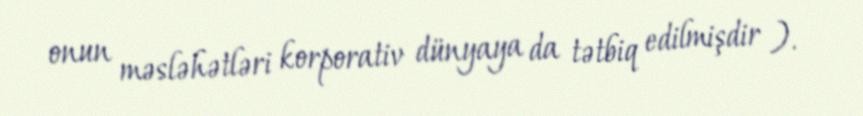
onun məsləhətləri korporativ dünyaya da tətbiq edilmişdir ).